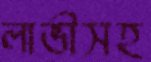
লাভীসহ